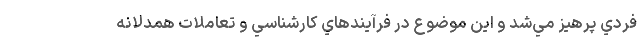
فردي پرهيز مي‌شد و اين موضوع در فرآيندهاي كارشناسي و تعاملات همدلانه